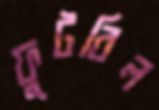
ফুটবিল